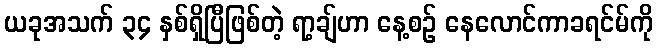
ယခုအသက် ၃၄ နှစ်ရှိပြီဖြစ်တဲ့ ရာ့ချ်ဟာ နေ့စဉ် နေလောင်ကာခရင်မ်ကို